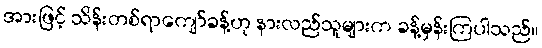
အားဖြင့် သိန်းတစ်ရာကျော်ခန့်ဟု နားလည်သူများက ခန့်မှန်းကြပါသည်။